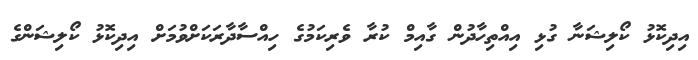
އިދިކޮޅު ކޯލިޝަނާ ގުޅި އިއްތިހާދުން ގާއިމް ކުރާ ވެރިކަމުގެ ހިއްސާދާރަކަށްވުމަށް އިދިކޮޅު ކޯލިޝަންގެ